General report no. 6 on the lunatic asylums, vaccination and dispensaries in the Bengal Presidency, 1873 -
Year: 1873
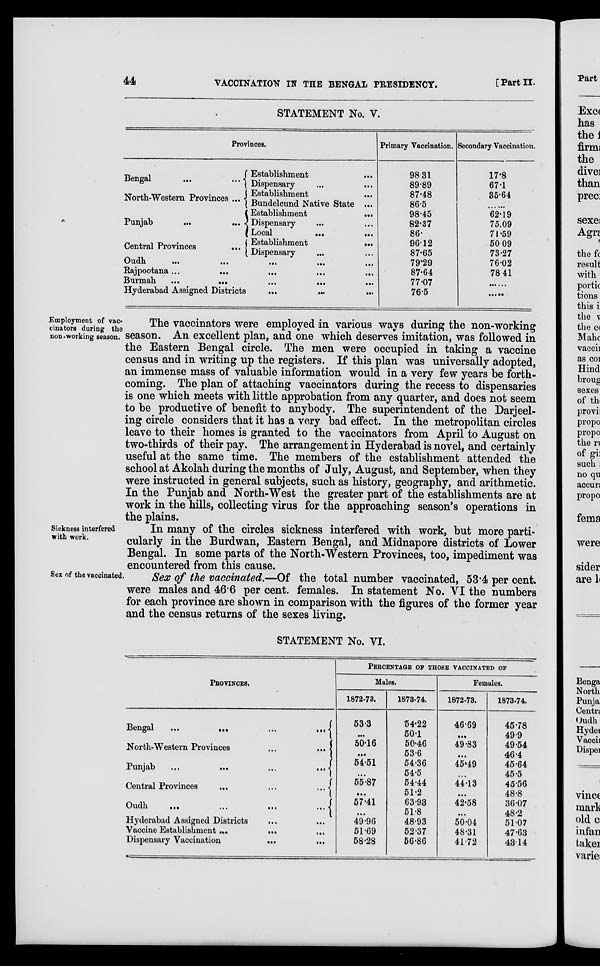
44
VACCINATION IN THE BENGAL PRESIDENCY.
[Part II.
STATEMENT No. V.
Provinces.
Bengal
...
...
North-Western Provinces ...
Punjab ... ...
Central Provinces
...
Establishment ...
Dispensary ... ...
Establishment
...
Bundelcund Native State ...
Establishment
...
Dispensary ... ...
Local
...
...
Establishment
...
Dispensary ... ...
Oudh
...
...
...
...
...
Rajpootana ...
...
...
...
...
Burmah
...
...
...
...
...
Hyderabad Assigned Districts
...
...
...
Primary Vaccination.
98.31
89.89
87.48
86.5
98.45
82.37
86.
96.12
87.65
79.29
87.64
77.07
76.5
Secondary Vaccination.
17.8
67.1
35.64
......
62.19
75.09
71.59
50.09
73.27
76.02
78.41
......
......
Employment of vac-
cinators during the
non-working season.
The vaccinators were employed in various ways during the non-working
season. An excellent plan, and one which deserves imitation, was followed in
the Eastern Bengal circle. The men were occupied in taking a vaccine
census and in writing up the registers. If this plan was universally adopted,
an immense mass of valuable information would in a very few years be forth-
coming. The plan of attaching vaccinators during the recess to dispensaries
is one which meets with little approbation from any quarter, and does not seem
to be productive of benefit to anybody. The superintendent of the Darjeel-
ing circle considers that it has a very bad effect. In the metropolitan circles
leave to their homes is granted to the vaccinators from April to August on
two-thirds of their pay. The arrangement in Hyderabad is novel, and certainly
useful at the same time. The members of the establishment attended the
school at Akolah during the months of July, August, and September, when they
were instructed in general subjects, such as history, geography, and arithmetic.
In the Punjab and North-West the greater part of the establishments are at
work in the hills, collecting virus for the approaching season's operations in
the plains.
Sickness interfered
with work.
In many of the circles sickness interfered with work, but more parti-
cularly in the Burdwan, Eastern Bengal, and Midnapore districts of Lower
Bengal. In some parts of the North-Western Provinces, too, impediment was
encountered from this cause.
Sex of the vaccinated.
Sex of the vaccinated.—Of the total number vaccinated, 53.4 per cent.
were males and 46.6 per cent. females. In statement No. VI the numbers
for each province are shown in comparison with the figures of the former year
and the census returns of the sexes living.
STATEMENT No. VI.
PROVINCES.
Bengal
...
...
...
...
North-Western Provinces
...
...
Punjab
...
...
...
...
Central Provinces
...
...
...
Oudh
...
...
...
...
Hyderabad Assigned Districts
... ...
Vaccine Establishment ...
... ...
Dispensary Vaccination
...
...
PERCENTAGE OF THOSE VACCINATED OF
Males.
1872-73.
53.3
...
50.16
...
54.51
...
55.87
...
57.41
...
49.96
51.69
58.28
1873-74.
54.22
50.1
50.46
53.6
54.36
54.5
54.44
51.2
63.93
51.8
48.93
52.37
56.86
Females.
1872-73.
46.69
...
49.83
...
45.49
...
44.13
...
42.58
...
50.04
48.31
41.72
1873.74.
45.78
49.9
49.54
46.4
45.64
45.5
45.56
48.8
36.07
48.2
51.07
47.63
43.14